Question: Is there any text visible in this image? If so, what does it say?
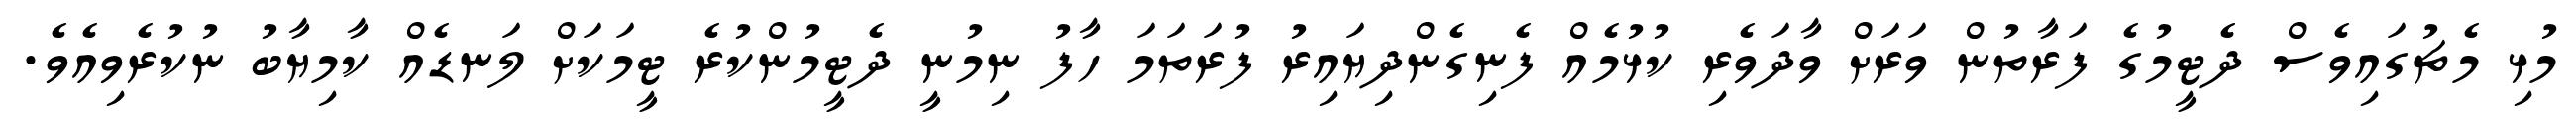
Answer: މުޅި މެޗުގައިވެސް ދެޓީމުގެ ފަރާތުން ވަރަށް ވާދަވެރި ކުޅުމެއް ފެނިގެންދިޔައިރު ފުރަތަމަ ހާފު ނިމުނީ ދެޓީމުންކުރެ ޓީމަކަށް ލަނޑެއް ކާމިޔާބު ނުކުރެވިއެވެ.